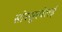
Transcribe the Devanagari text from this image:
सोस्सुस्वेलई